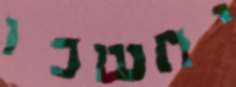
יחשכו